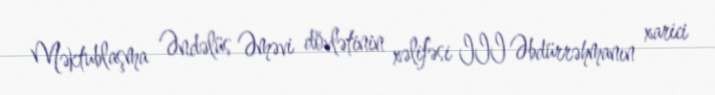
Məktublaşma Əndəlüs Əməvi dövlətinin xəlifəsi III Əbdürrəhmanın xarici